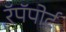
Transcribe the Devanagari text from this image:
रॅपॅपोर्ट